65_HS1-834228961_62-HQ-83894_Section_9
Agency: FBI
Page 79
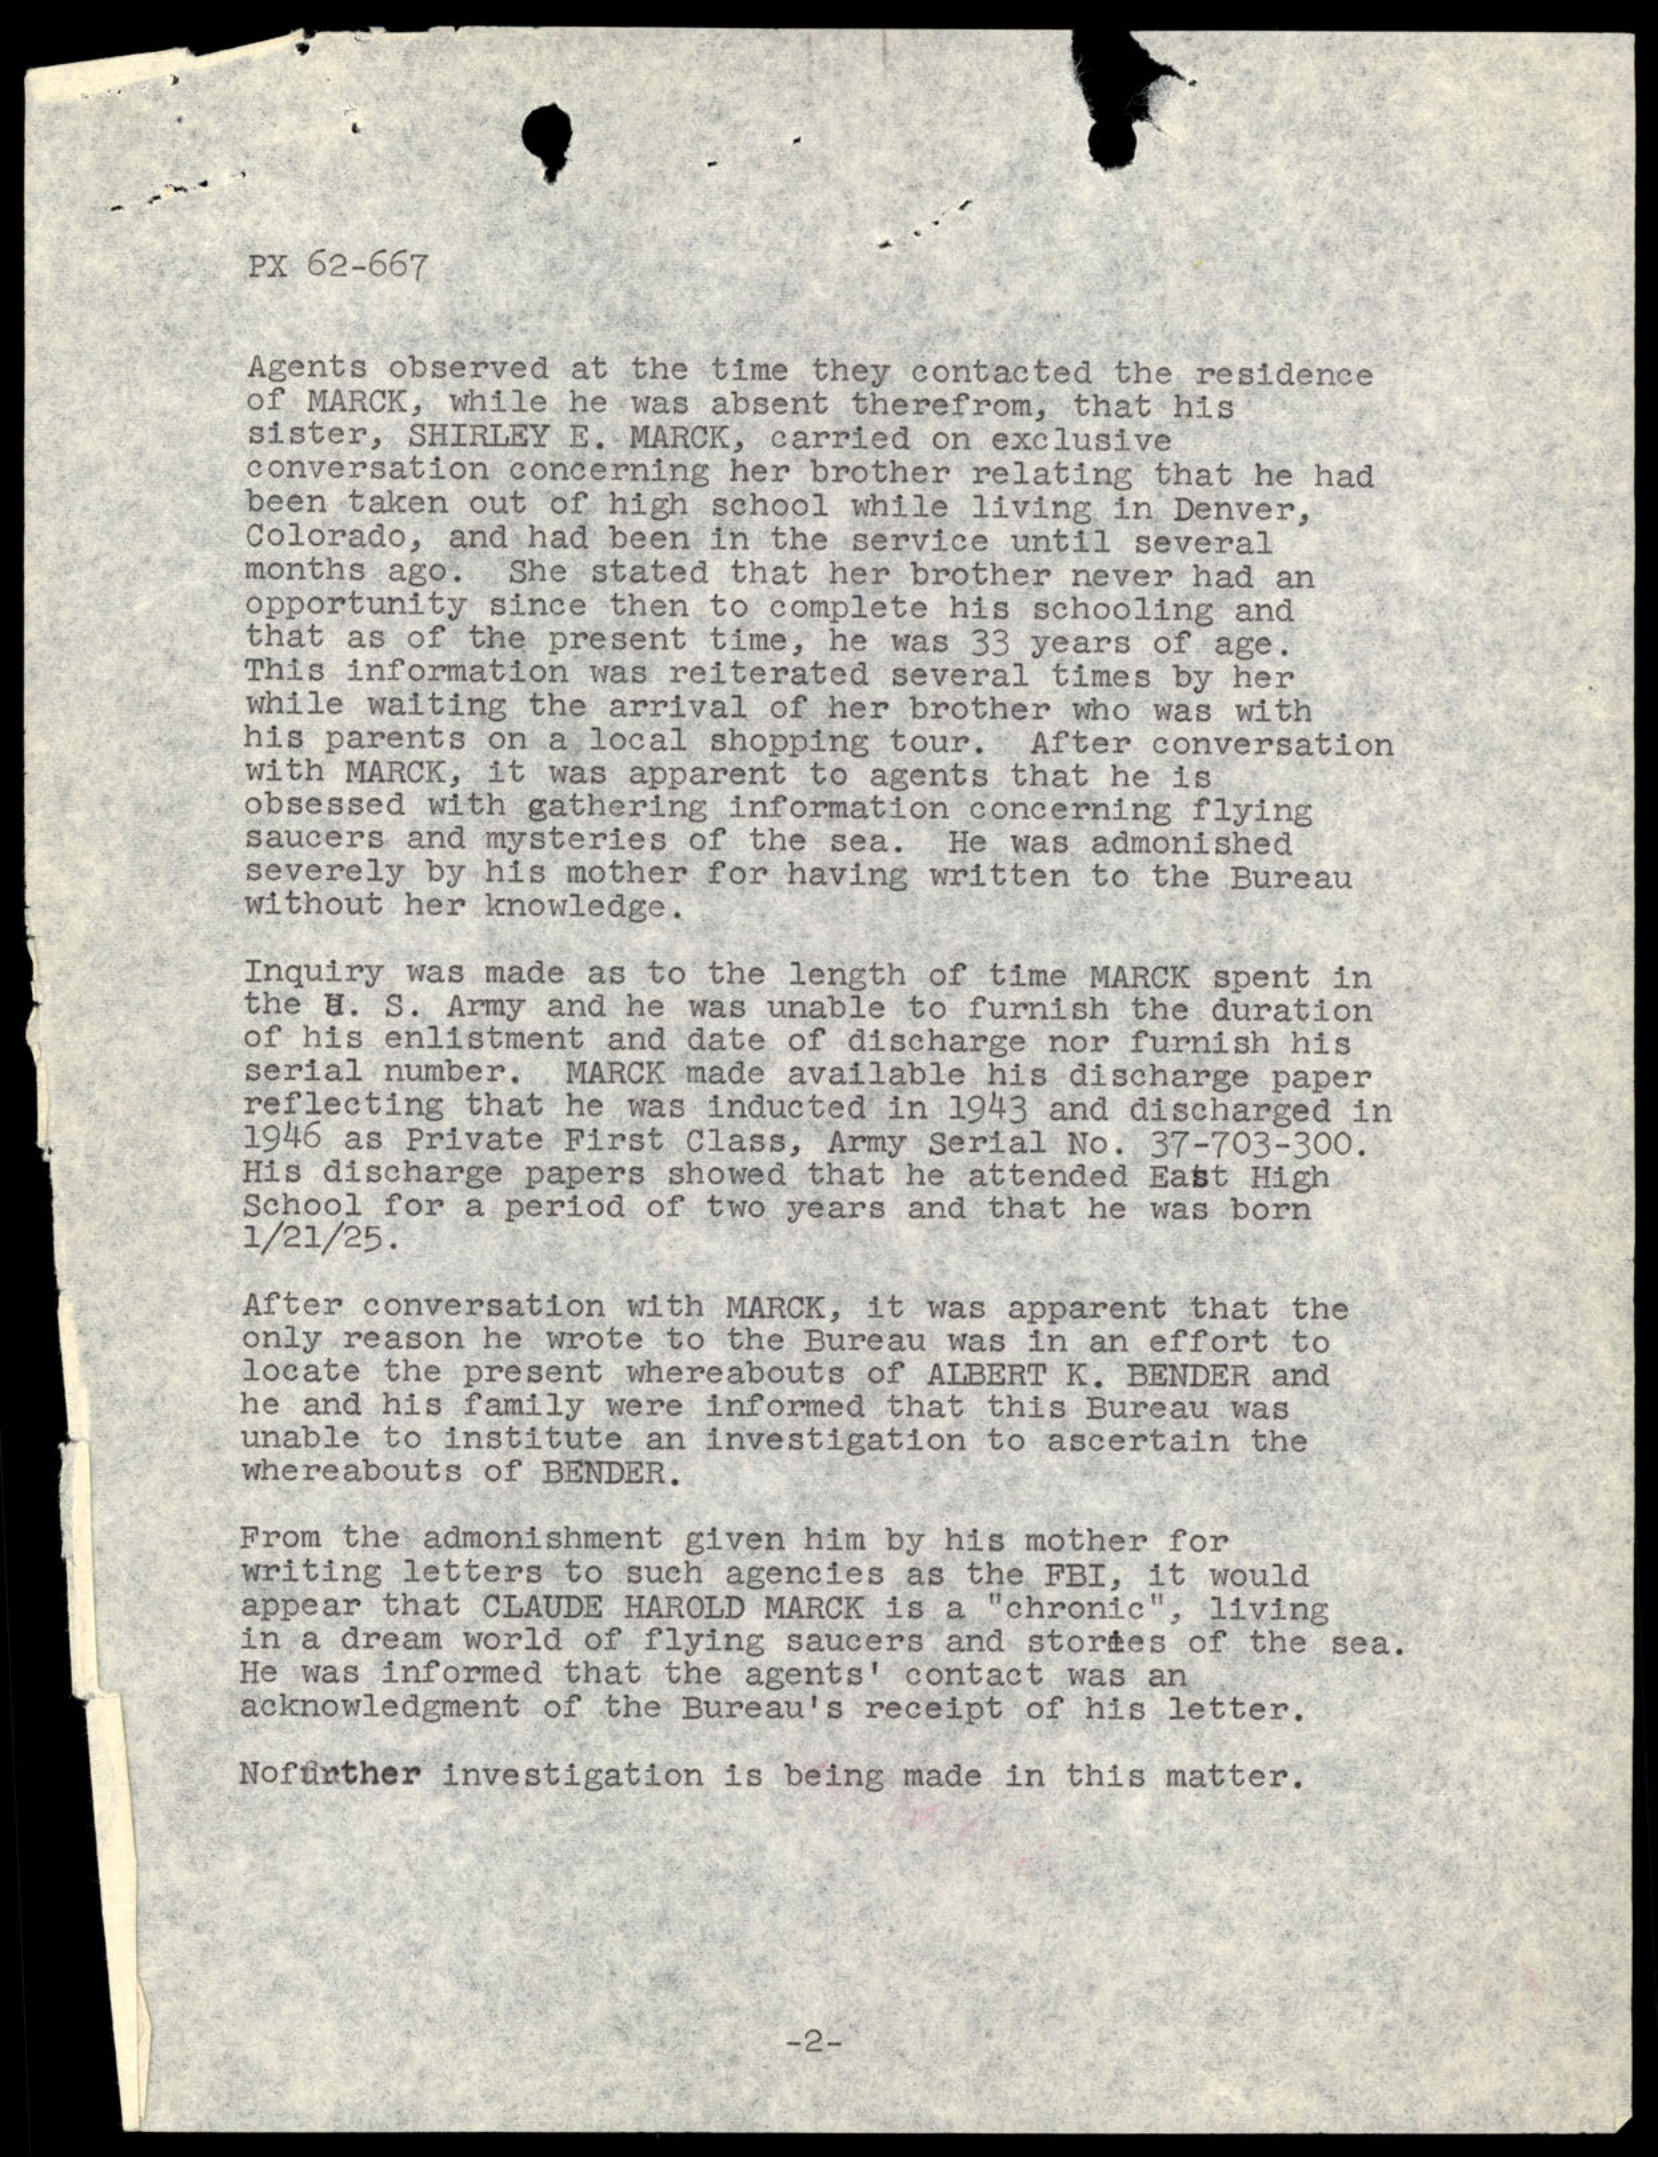